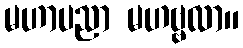
မဟာပညာ မဟဗ္ဗလာ။